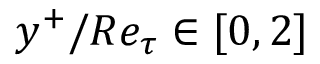
y ^ { + } / R e _ { \tau } \in [ 0 , 2 ]